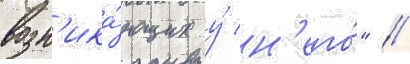
возн'ика́ющих у́ н'его́" //